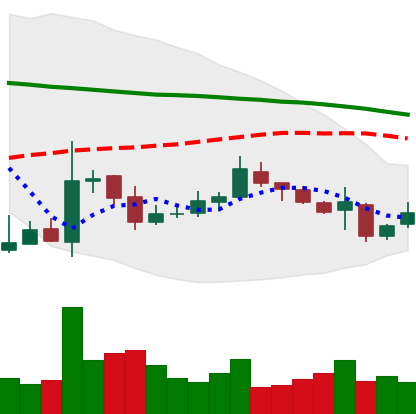
Ticker: XMR-USD
Chart end date: 2018-10-31
Forward return: 7.234%
Label: up_7plus